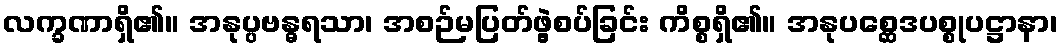
လက္ခဏာရှိ၏။ အနုပ္ပဗန္ဓရသာ၊ အစဉ်မပြတ်ဖွဲ့စပ်ခြင်း ကိစ္စရှိ၏။ အနုပစ္ဆေဒပစ္စုပဋ္ဌာနာ၊